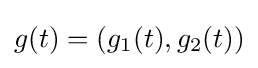
g(t)=(g_{1}(t),g_{2}(t))